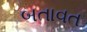
બતાવત